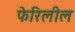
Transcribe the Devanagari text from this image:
फेरिलील